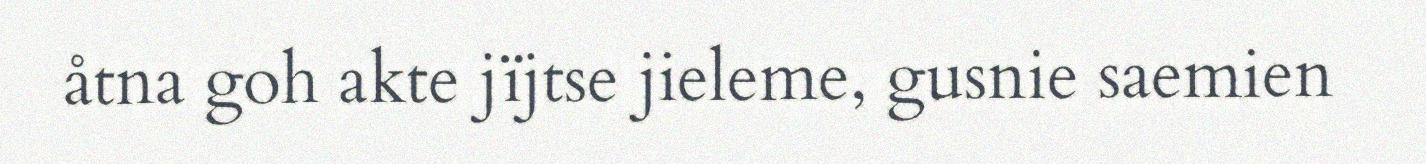
åtna goh akte jïjtse jieleme, gusnie saemien